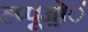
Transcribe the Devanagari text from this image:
ह्प्पूओ॒॒॒॑